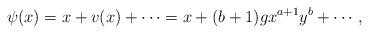
LaTeX: \begin{align*}\psi(x)=x+v(x)+\cdots=x+(b+1) g x^{a+1} y^b+\cdots,\end{align*}